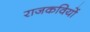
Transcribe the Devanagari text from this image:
राजकवियों